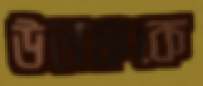
উলফকে